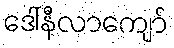
ဒေါ်နီလာကျော်